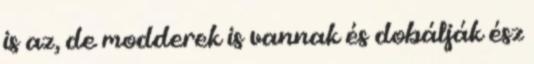
is az, de modderek is vannak és dobálják ész